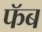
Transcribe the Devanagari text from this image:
फॅब